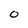
Character: 0